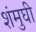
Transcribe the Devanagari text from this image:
शंमुघी